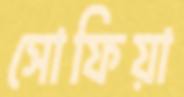
সোফিয়া